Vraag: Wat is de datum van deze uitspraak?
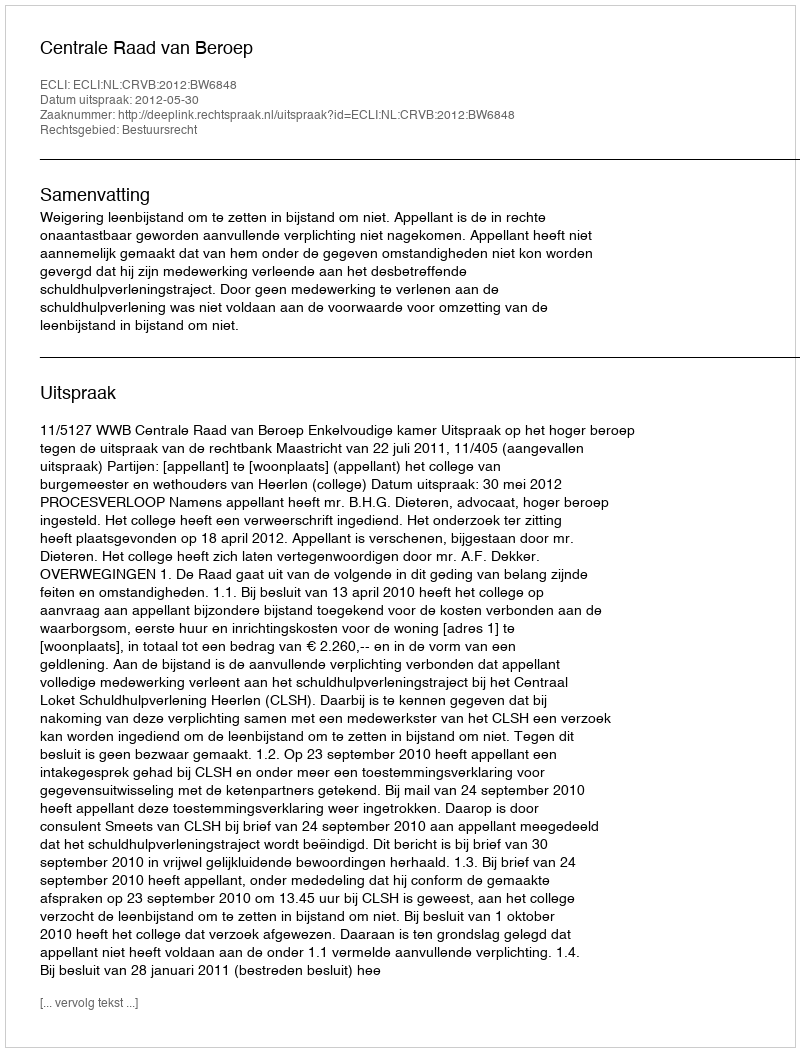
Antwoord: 2012-05-30